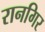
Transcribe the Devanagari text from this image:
रानगिर